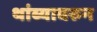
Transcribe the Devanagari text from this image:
थांब्यावरुन